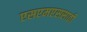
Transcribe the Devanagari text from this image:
एसएमएससाठी